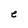
Character: e